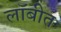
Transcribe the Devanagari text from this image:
लॉबीत